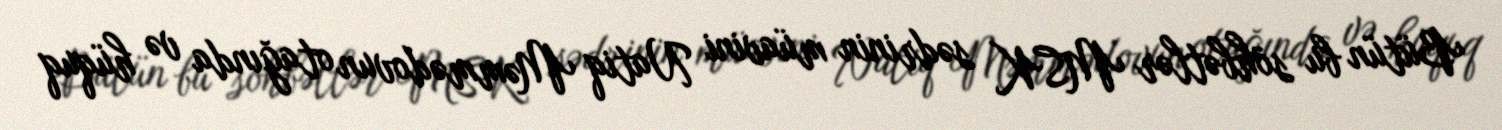
Bütün bu söhbətlər MSK sədrinin müavini Natiq Məmmədovun otağında və hüquq